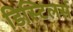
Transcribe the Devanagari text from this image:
डिस्टिलर्स